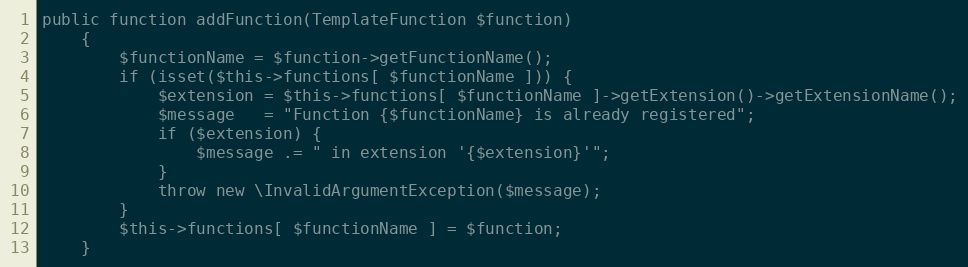
Language: PHP
public function addFunction(TemplateFunction $function)
    {
        $functionName = $function->getFunctionName();
        if (isset($this->functions[ $functionName ])) {
            $extension = $this->functions[ $functionName ]->getExtension()->getExtensionName();
            $message   = "Function {$functionName} is already registered";
            if ($extension) {
                $message .= " in extension '{$extension}'";
            }
            throw new \InvalidArgumentException($message);
        }
        $this->functions[ $functionName ] = $function;
    }